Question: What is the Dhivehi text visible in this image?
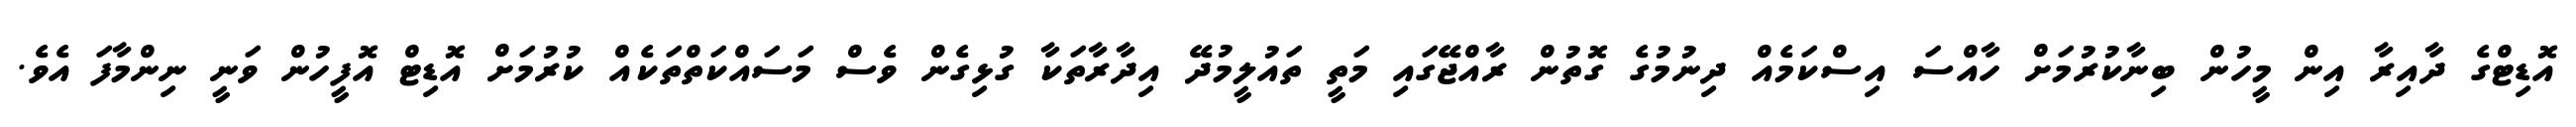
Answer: އޮޑިޓްގެ ދާއިރާ އިން މީހުން ބިނާކުރުމަށް ހާއްސަ އިސްކަމެއް ދިނުމުގެ ގޮތުން ރާއްޖޭގައި މަތީ ތައުލީމުދޭ އިދާރާތަކާ ގުޅިގެން ވެސް މަސައްކަތްތަކެއް ކުރުމަށް އޮޑިޓް އޮފީހުން ވަނީ ނިންމާފަ އެވެ.